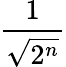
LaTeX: \frac{1}{\sqrt{2^{n}}}